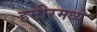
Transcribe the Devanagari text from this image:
हमीरमध्ये